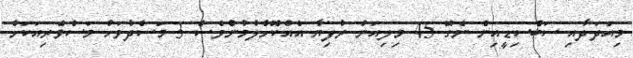
މިއަދަދާއި ސަބްސިޑީއިން ނެގޭ 45 މިލިއަން ރުފިޔާ އެއްކޮށްލުމުންވެސް 3 މަސްދުވަހު މަސްވެރިއަކަށް